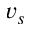
v _ { s }